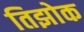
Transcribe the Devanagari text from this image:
तिझोक